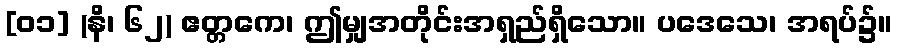
[၀၁] (နိ၊ ၆၂) ဧတ္တကေ၊ ဤမျှအတိုင်းအရှည်ရှိသော။ ပဒေသေ၊ အရပ်၌။